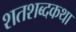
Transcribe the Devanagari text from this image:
शतशब्दकथा